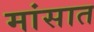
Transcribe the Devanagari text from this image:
मांसात